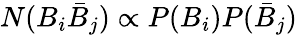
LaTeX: N(B_{i}\bar{B}_{j})\propto P(B_{i})P(\bar{B}_{j})